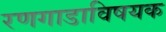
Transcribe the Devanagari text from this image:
रणगाडाविषयक